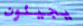
يجيئون